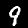
Label: 9